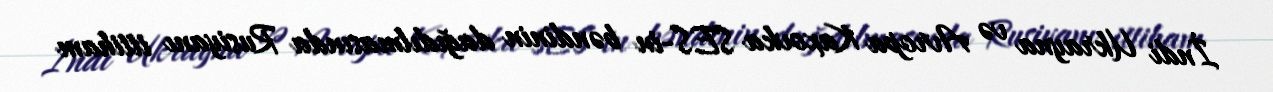
İndi Ukrayna və Avropa Kaxovka SES-in bəndinin dağıdılmasında Rusiyanı ittiham